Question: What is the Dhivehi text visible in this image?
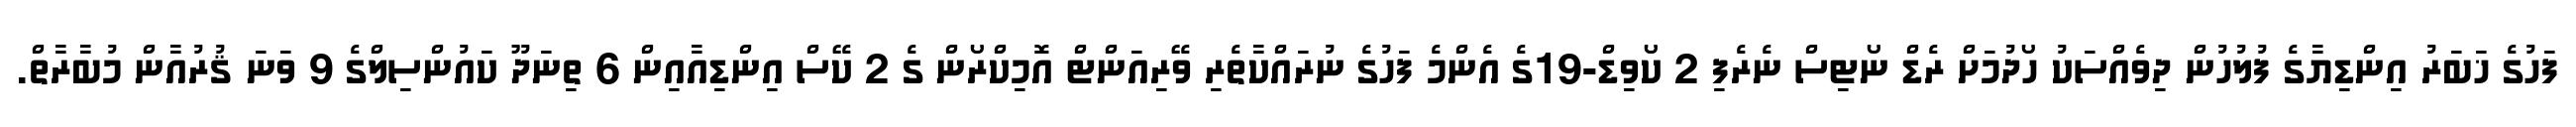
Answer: ފަހުގެ ޚަބަރު އިންޑިޔާގެ ފުލުހުން ދިވެއްސަކު ހޯދުމަށް ރެޑް ނޯޓިސް ނެރެފި 2 ކޯވިޑް-19ގެ އެންމެ ފަހުގެ ނުރައްކާތެރި ވޭރިއަންޓް އޮމިކްރޯން ގެ 2 ކޭސް އިންޑިއާއިން 6 ތިނަދޫ ކައުންސިލްގެ 9 ވަނަ ޤުރުއާން މުބާރާތް.